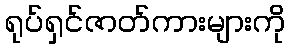
ရုပ်ရှင်ဇာတ်ကားများကို